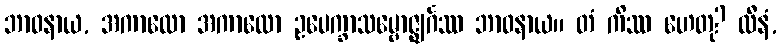
ဘာဝနာယ, အကာလော အကာလော ဥပေက္ခာသမ္ဗောဇ္ဈင်္ဂဿ ဘာဝနာယ။ တံ ကိဿ ဟေတု? လီနံ,